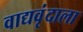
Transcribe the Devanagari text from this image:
वाद्यवृंदाला